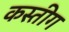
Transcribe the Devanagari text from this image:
कस्तीग